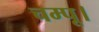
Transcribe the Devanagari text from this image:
चम्पू।